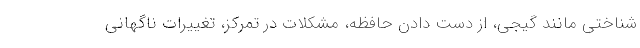
شناختی مانند گیجی، از دست دادن حافظه، مشکلات در تمرکز، تغییرات ناگهانی